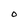
Character: o